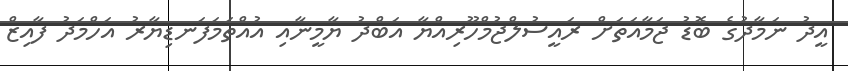
އީދު ނަމާދުގެ ބޮޑު ޖަމާއަތަށް ރައީސުލްޖުމްހޫރިއްޔާ އަބްދު ޔާމީނާއި އުއްްތަމަފަނޑިޔާރު އަހްމަދު ފާއިޒް